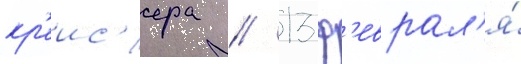
кр'еис'ера // 13 ф'еврал'я́